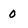
Character: 0